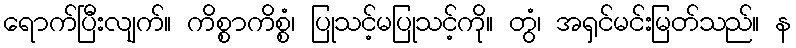
ရောက်ပြီးလျက်။ ကိစ္စာကိစ္စံ၊ ပြုသင့်မပြုသင့်ကို။ တွံ၊ အရှင်မင်းမြတ်သည်။ န